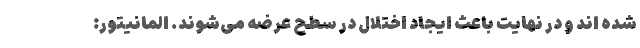
شده اند و در نهایت باعث ایجاد اختلال در سطح عرضه می‌شوند. المانیتور: